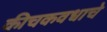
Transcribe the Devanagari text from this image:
कीचकवधाचे